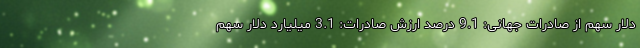
دلار سهم از صادرات جهانی: 9.1 درصد ارزش صادرات: 3.1 میلیارد دلار سهم